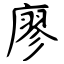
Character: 廖